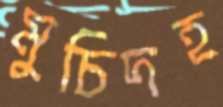
মুচিদহ